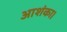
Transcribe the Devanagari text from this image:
आशंका।